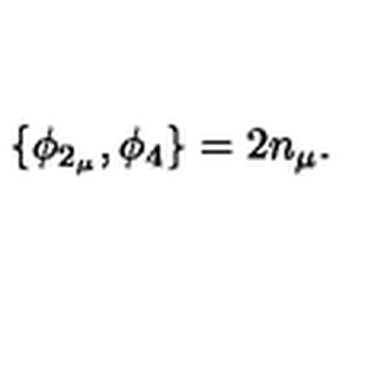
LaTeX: \{ \phi _ { 2 _ { \mu } } , \phi _ { 4 } \} = 2 n _ { \mu } .